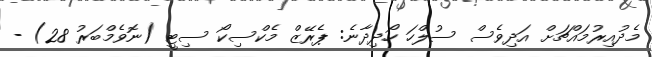
މެދުއިރުމައްޗަށް އަދިވެސް ސުލްހަ ހޯދިދާނެ: ޕެރޭޒް މެކްސިކޯ ސިޓީ (ނޮވެމްބަރު 28) -